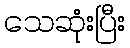
သေဆုံးပြီး